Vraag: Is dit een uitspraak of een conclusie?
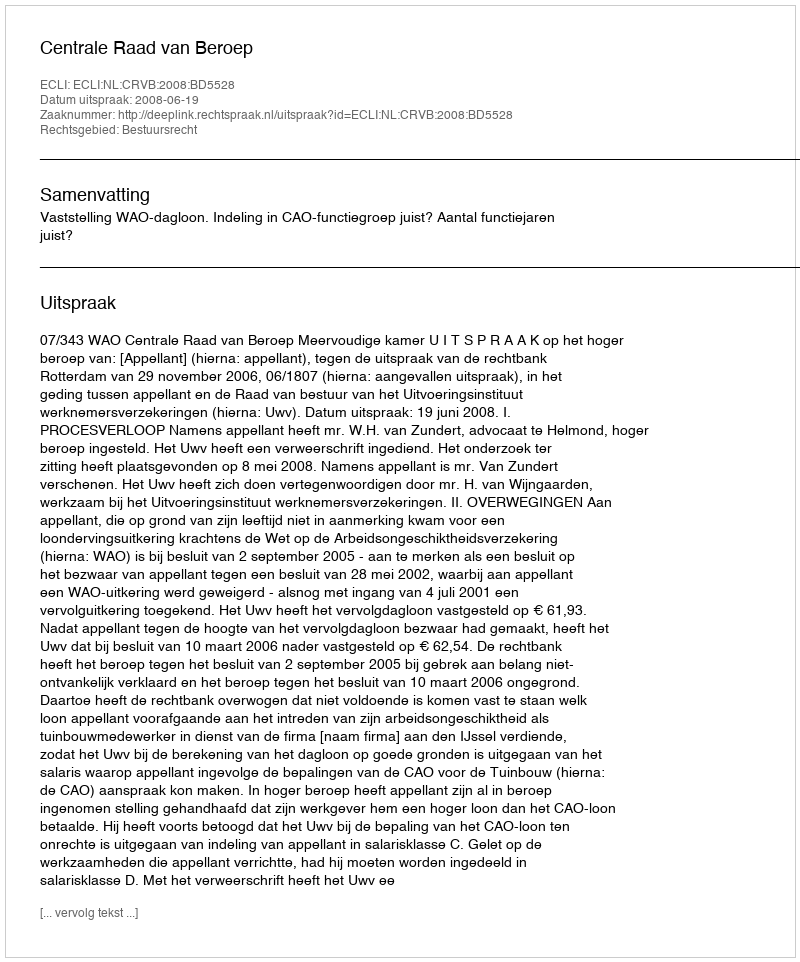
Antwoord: Uitspraak